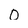
Character: 0